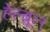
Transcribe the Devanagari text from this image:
हेल्ब्रून